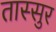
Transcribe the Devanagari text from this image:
तास्सुर